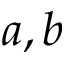
a , b